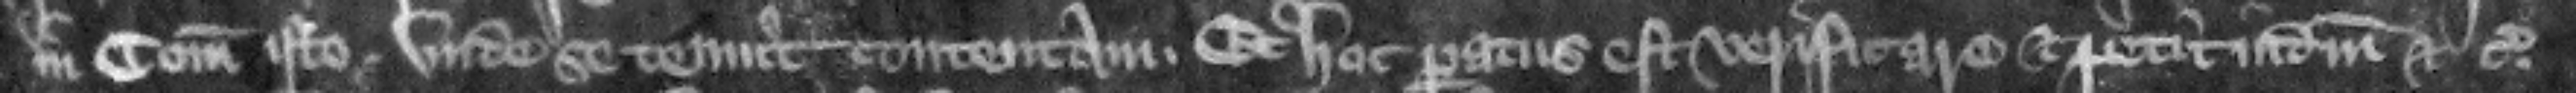
in comitatu isto. vnde se tenuit contentam. Et hoc paratus est verificare. et petit iudicium etc.